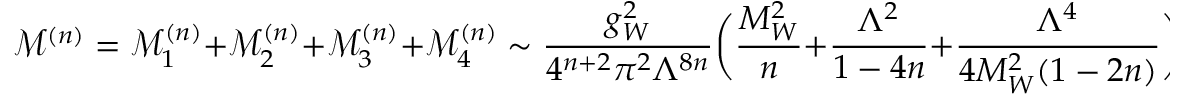
\mathcal { M } ^ { ( n ) } = \mathcal { M } _ { 1 } ^ { ( n ) } + \mathcal { M } _ { 2 } ^ { ( n ) } + \mathcal { M } _ { 3 } ^ { ( n ) } + \mathcal { M } _ { 4 } ^ { ( n ) } \sim \frac { g _ { W } ^ { 2 } } { 4 ^ { n + 2 } \pi ^ { 2 } \Lambda ^ { 8 n } } \bigg ( \frac { M _ { W } ^ { 2 } } { n } + \frac { \Lambda ^ { 2 } } { 1 - 4 n } + \frac { \Lambda ^ { 4 } } { 4 M _ { W } ^ { 2 } ( 1 - 2 n ) } \bigg )